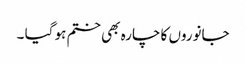
جانوروں کا چارہ بھی ختم ہو گیا ۔